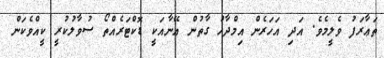
ތަޢާރަފު ވެލީމެވެ. އަދި އަހަރެން އިމްދާހު ގާތުން އޭނާއަކީ ޑޮކްޓަރެއްތޯ ސުވާލުކުރީ ކީއްވެކަން